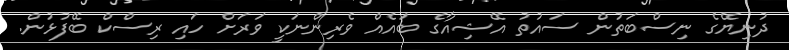
ދުނިޔޭގެ ނިސްބަތުން ސައުތު އޭޝިއާގެ ބައެއް ވެރިންނަކީ ވަރަށް ހައި ރިސްކް ބޭފުޅުން.